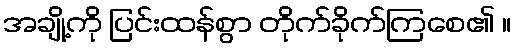
အချို့ကို ပြင်းထန်စွာ တိုက်ခိုက်ကြစေ၏ ။